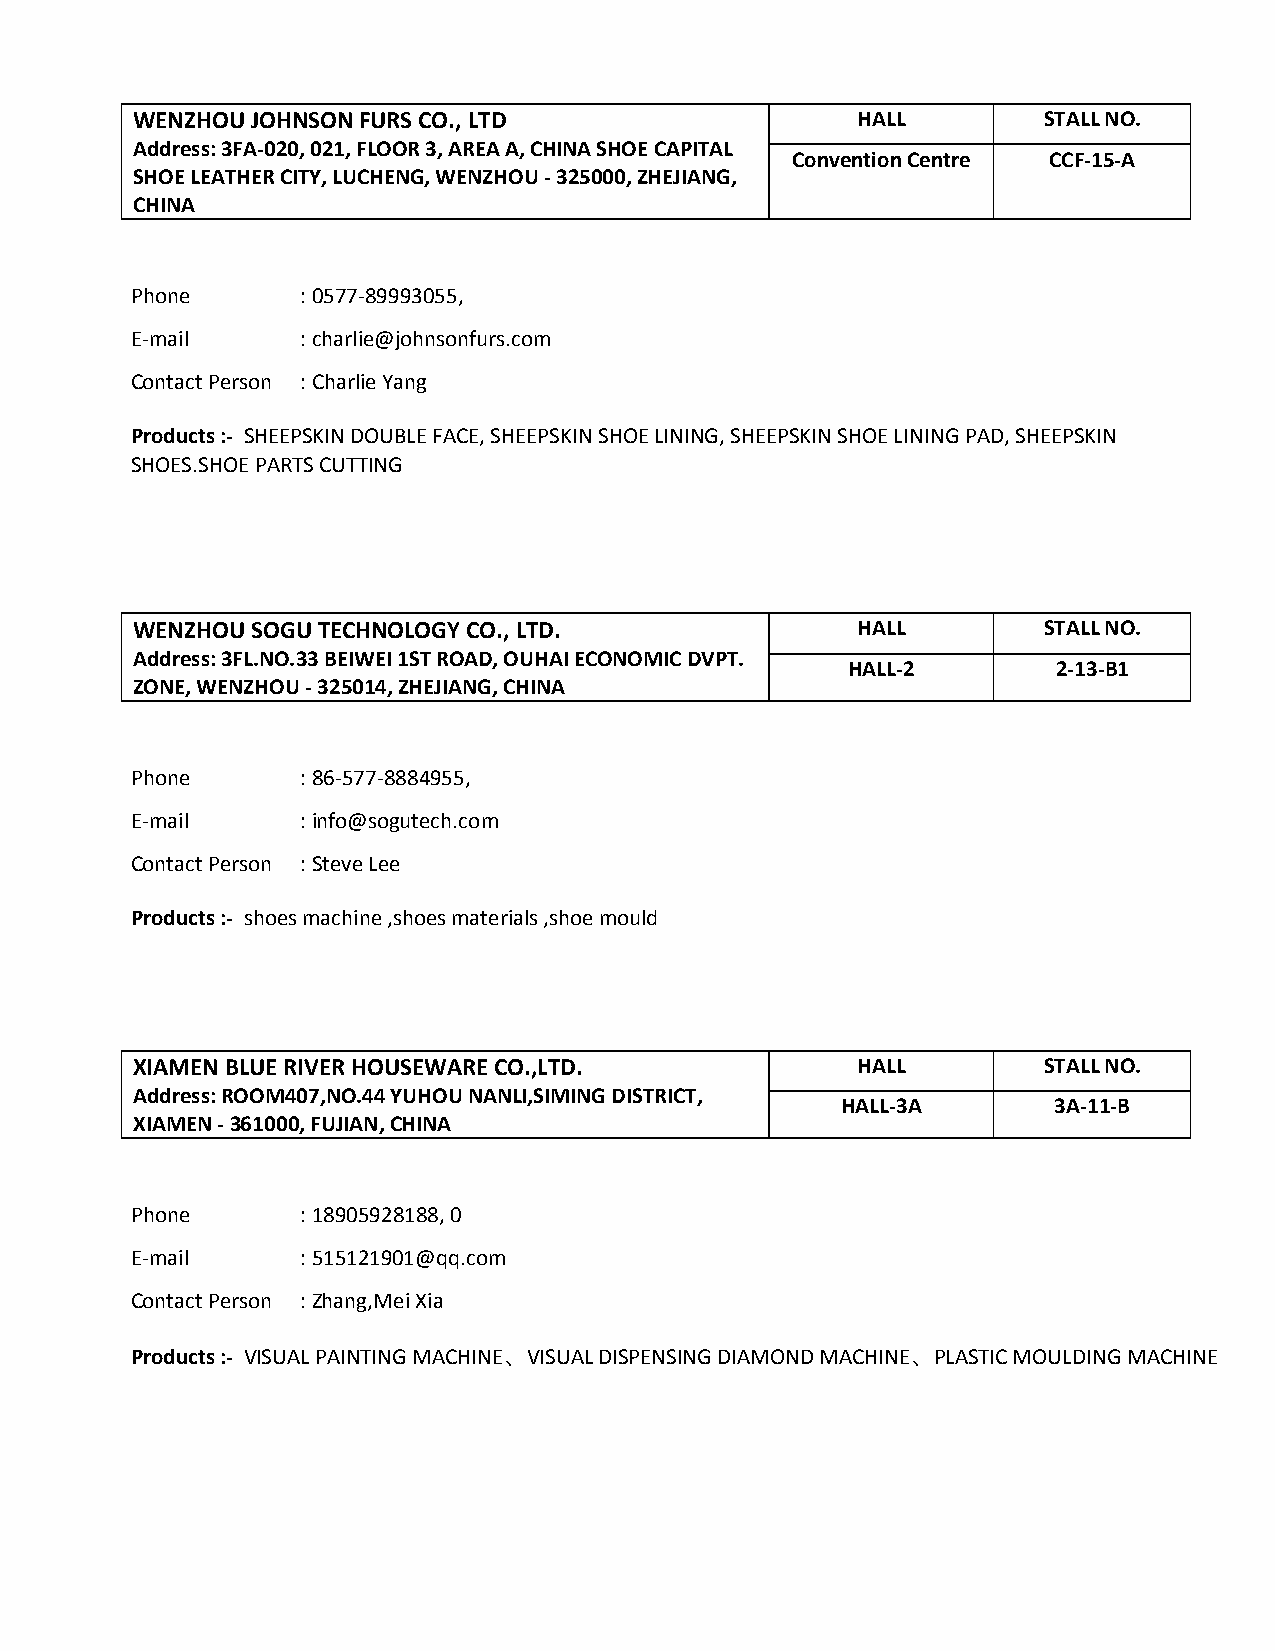
WENZHOU JOHNSON FURS CO., LTD                   HALL        STALL NO.
 Address: 3FA-020, 021, FLOOR 3, AREA A, CHINA SHOE CAPITAL
 Convention Centre CCF-15-A
 SHOE LEATHER CITY, LUCHENG, WENZHOU - 325000, ZHEJIANG,
 CHINA
 Phone      : 0577-89993055,
 E-mail     : charlie@johnsonfurs.com
 Contact Person : Charlie Yang
 Products :- SHEEPSKIN DOUBLE FACE, SHEEPSKIN SHOE LINING, SHEEPSKIN SHOE LINING PAD, SHEEPSKIN
 SHOES.SHOE PARTS CUTTING
 WENZHOU SOGU TECHNOLOGY CO., LTD.               HALL        STALL NO.
 Address: 3FL.NO.33 BEIWEI 1ST ROAD, OUHAI ECONOMIC DVPT.
 HALL-2        2-13-B1
 ZONE, WENZHOU - 325014, ZHEJIANG, CHINA
 Phone      : 86-577-8884955,
 E-mail     : info@sogutech.com
 Contact Person : Steve Lee
 Products :- shoes machine ,shoes materials ,shoe mould
 XIAMEN BLUE RIVER HOUSEWARE CO.,LTD.            HALL        STALL NO.
 Address: ROOM407,NO.44 YUHOU NANLI,SIMING DISTRICT,
 HALL-3A       3A-11-B
 XIAMEN - 361000, FUJIAN, CHINA
 Phone      : 18905928188, 0
 E-mail     : 515121901@qq.com
 Contact Person : Zhang,Mei Xia
 Products :- VISUAL PAINTING MACHINE、VISUAL DISPENSING DIAMOND MACHINE、PLASTIC MOULDING MACHINE